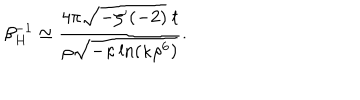
LaTeX: \beta _ { H } ^ { - 1 } \simeq \frac { 4 \pi \sqrt { - \zeta ^ { \prime } ( - 2 ) } \ t } { \rho \sqrt { - \kappa \ln ( \kappa \rho ^ { 6 } ) } } .